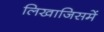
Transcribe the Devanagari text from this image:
लिखाजिसमें